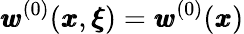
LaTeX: {\pmb w}^{(0)}({\pmb x},{\pmb\xi})={\pmb w}^{(0)}({\pmb x})